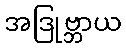
အဒြုဗ္ဘာယ